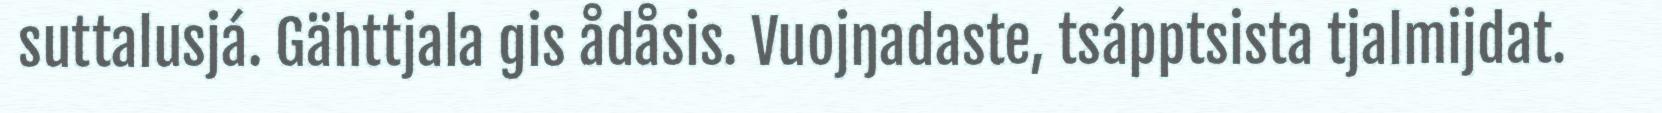
suttalusjá. Gähttjala gis ådåsis. Vuojŋadaste, tsápptsista tjalmijdat.